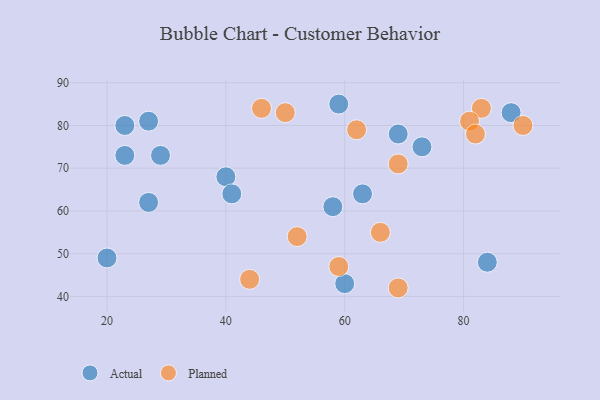
{"axis": {"x": "GDP", "y": "Life Expectancy"}, "legend": ["Actual", "Planned"], "data": [{"x": "27", "y": 81, "type": "Actual"}, {"x": "84", "y": 48, "type": "Actual"}, {"x": "59", "y": 85, "type": "Actual"}, {"x": "69", "y": 78, "type": "Actual"}, {"x": "23", "y": 80, "type": "Actual"}, {"x": "29", "y": 73, "type": "Actual"}, {"x": "63", "y": 64, "type": "Actual"}, {"x": "40", "y": 68, "type": "Actual"}, {"x": "58", "y": 61, "type": "Actual"}, {"x": "73", "y": 75, "type": "Actual"}, {"x": "60", "y": 43, "type": "Actual"}, {"x": "23", "y": 73, "type": "Actual"}, {"x": "20", "y": 49, "type": "Actual"}, {"x": "27", "y": 62, "type": "Actual"}, {"x": "41", "y": 64, "type": "Actual"}, {"x": "88", "y": 83, "type": "Actual"}, {"x": "46", "y": 84, "type": "Planned"}, {"x": "83", "y": 84, "type": "Planned"}, {"x": "69", "y": 42, "type": "Planned"}, {"x": "50", "y": 83, "type": "Planned"}, {"x": "52", "y": 54, "type": "Planned"}, {"x": "62", "y": 79, "type": "Planned"}, {"x": "66", "y": 55, "type": "Planned"}, {"x": "81", "y": 81, "type": "Planned"}, {"x": "90", "y": 80, "type": "Planned"}, {"x": "59", "y": 47, "type": "Planned"}, {"x": "44", "y": 44, "type": "Planned"}, {"x": "69", "y": 71, "type": "Planned"}, {"x": "82", "y": 78, "type": "Planned"}]}